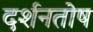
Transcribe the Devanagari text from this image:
दर्शनतोष